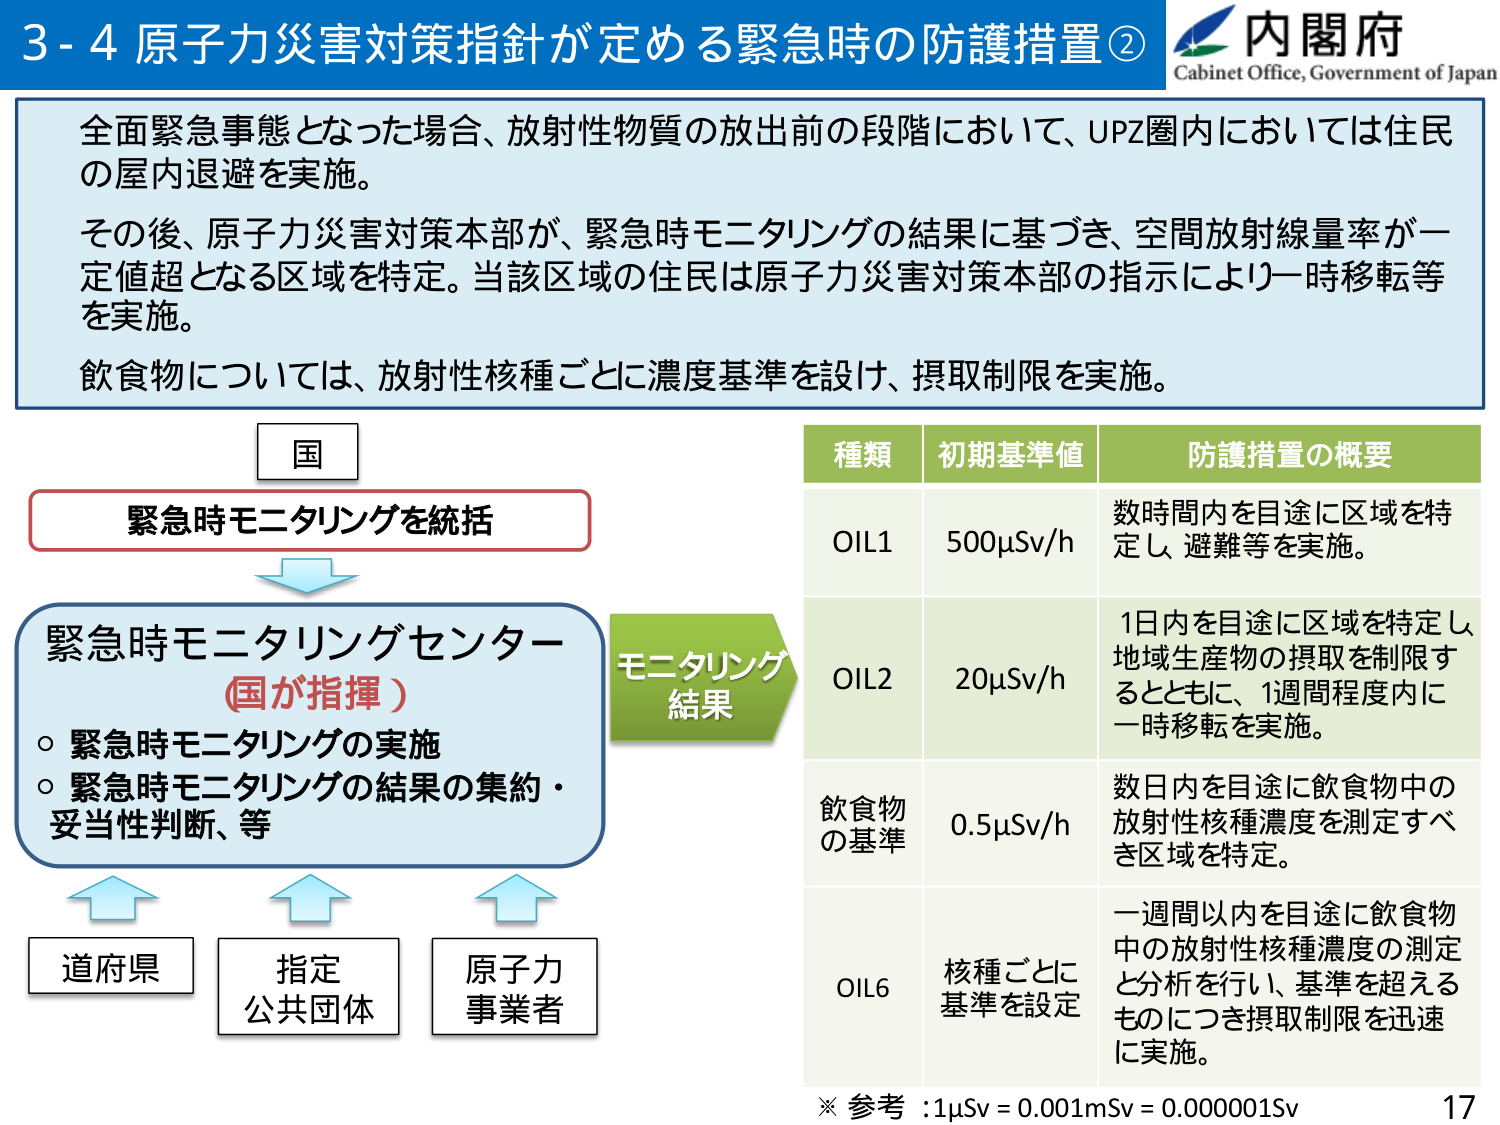
3-4 原子力災害対策指針が定める緊急時の防護措置②
内閣府
Cabinet Office, Government of Japan

全面緊急事態となった場合、放射性物質の放出前の段階において、UPZ圏内においては住民の屋内退避を実施。
その後、原子力災害対策本部が、緊急時モニタリングの結果に基づき、空間放射線量率が一定値超となる区域を特定。当該区域の住民は原子力災害対策本部の指示により一時移転等を実施。
飲食物については、放射性核種ごとに濃度基準を設け、摂取制限を実施。

国
緊急時モニタリングを統括
↓
緊急時モニタリングセンター（国が指揮）
○ 緊急時モニタリングの実施
○ 緊急時モニタリングの結果の集約・妥当性判断、等
↑ ↑ ↑
道府県 指定公共団体 原子力事業者

モニタリング結果

種類 初期基準値 防護措置の概要
OIL1 500μSv/h 数時間内を目途に区域を特定し、避難等を実施。
OIL2 20μSv/h 1日内を目途に区域を特定し、地域生産物の摂取を制限するとともに、1週間程度内に一時移転を実施。
飲食物の基準 0.5μSv/h 数日内を目途に飲食物中の放射性核種濃度を測定すべき区域を特定。
OIL6 核種ごとに基準を設定 一週間以内を目途に飲食物中の放射性核種濃度の測定と分析を行い、基準を超えるものにつき摂取制限を迅速に実施。

※ 参考：1μSv = 0.001mSv = 0.000001Sv
17